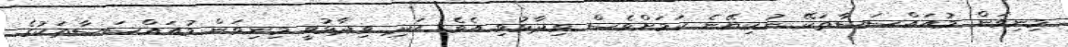
މިނިވަން މުއައްސަސާތަކޭ ނުކިޔޭނެ ކަމަށްވެސް ވިދާޅުވި އެވެ. އަދި ވިދާޅުވީ މިނިވަން މުއައްސަސާތަކުގެ